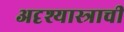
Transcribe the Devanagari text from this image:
अदृश्यास्त्राची